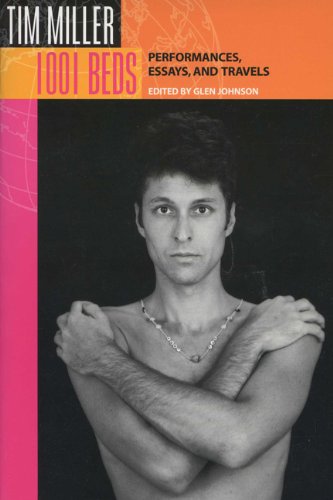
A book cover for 1001 Beds: Performances, Essays, and Travels (Living Out: Gay and Lesbian Autobiog); Tim Miller; Literature & Fiction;